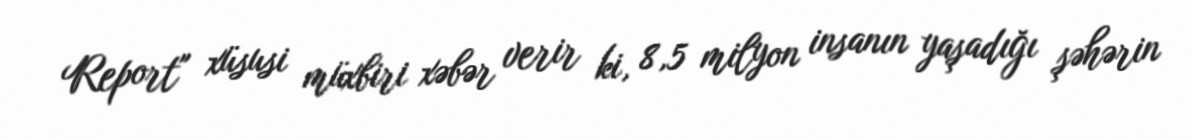
Report" xüsusi müxbiri xəbər verir ki, 8,5 milyon insanın yaşadığı şəhərin